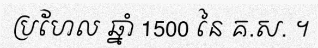
ប្រហែល ឆ្នាំ 1500 នៃ គ.ស. ។